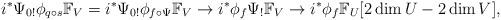
LaTeX: \begin{align*}i^{*}\Psi_{0!} \phi_{q \circ s}\mathbb{F}_{V}=i^{*}\Psi_{0!} \phi_{f \circ \Psi}\mathbb{F}_{V} \to i^{*} \phi_{f}\Psi_{!}\mathbb{F}_{V} \to i^{*} \phi_{f} \mathbb{F}_{U}[2\dim U -2 \dim V],\end{align*}